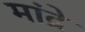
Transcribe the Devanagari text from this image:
मांद्रे